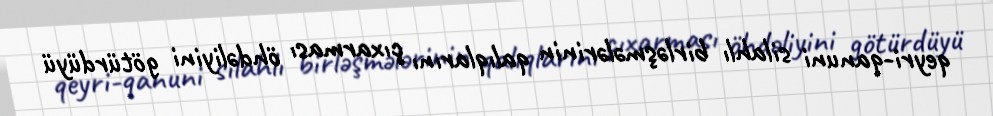
qeyri-qanuni silahlı birləşmələrinin qalıqlarını çıxarması öhdəliyini götürdüyü